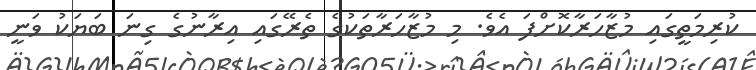
ކުރިމަތީގައި މުޒާހަރާކޮށްފަ އެވެ. މި މުޒާހަރާތަކުގެ ތެރޭގައި އިރާނުގެ ގިނަ ބަޔަކު ވަނީ